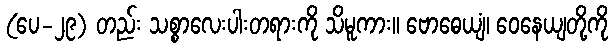
(ပေ-၂၉) တည်း သစ္စာလေးပါးတရားကို သိမူကား။ ဗောဓေယျံ၊ ဝေနေယျတို့ကို